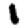
Digit: 1